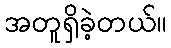
အတူရှိခဲ့တယ်။